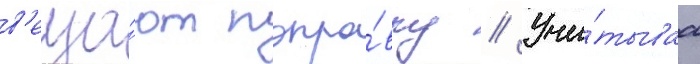
в'еща́ют попра́вку // Учи́тываа